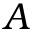
A